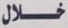
خلال